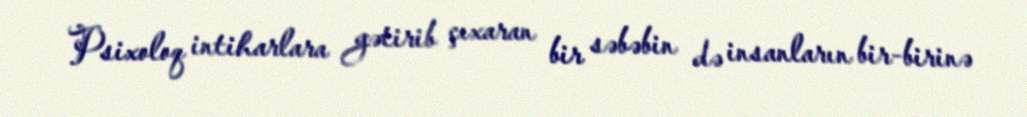
Psixoloq intiharlara gətirib çıxaran bir səbəbin də insanların bir-birinə